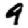
Digit: 9